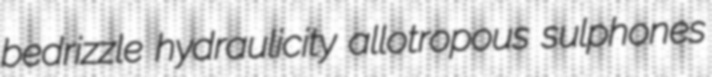
bedrizzle hydraulicity allotropous sulphones